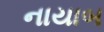
નાયાબ